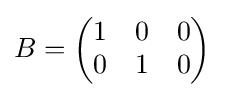
B={\begin{pmatrix}1&0&0\\0&1&0\end{pmatrix}}